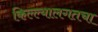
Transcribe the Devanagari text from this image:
किल्ल्यालगतचा